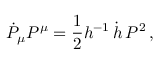
\dot { P } _ { \mu } P ^ { \mu } = { \frac { 1 } { 2 } } h ^ { - 1 } \, \dot { h } \, P ^ { 2 } \, ,